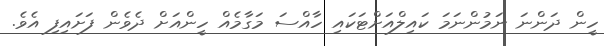
ހީން ދަންނަ ނަމުންނަމަ ކައިލްއަށްޓަކައި ހާއްސަ މަގާމެއް ހީންއަށް ދެވެން ފަށައިފި އެެވެ.